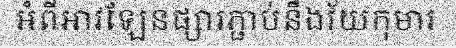
អំពីអាវឡែនផ្សារភ្ជាប់នឹងវ័យកុមារ